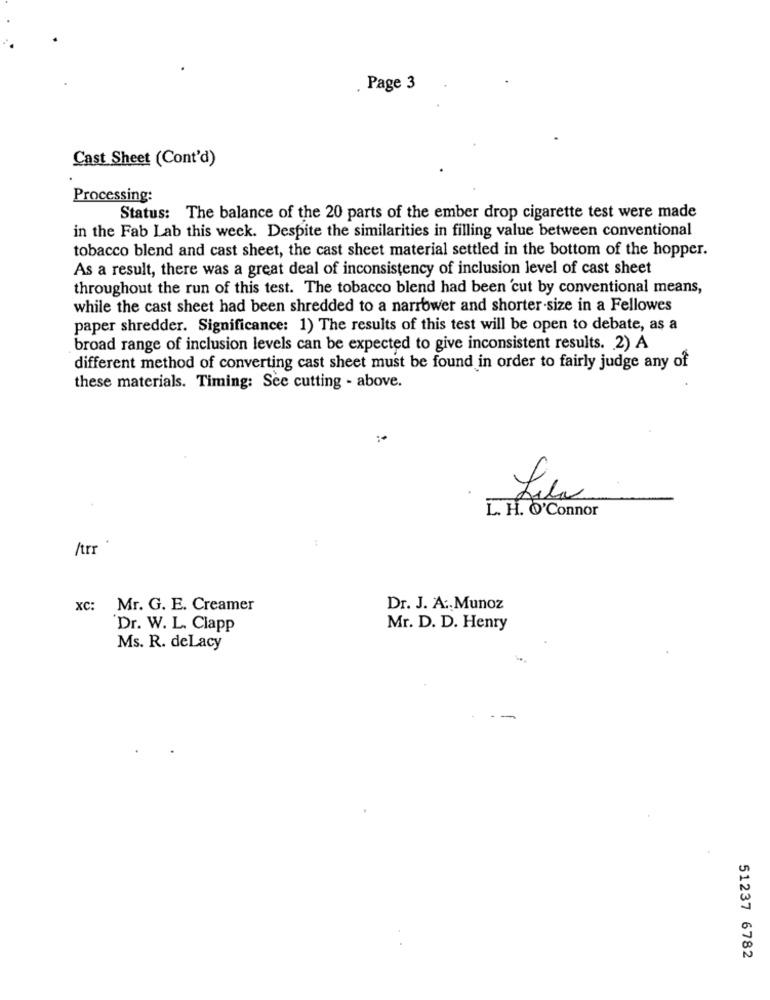
. Page 3
Cast Sheet (Cont'd)
Processing:
Status: The balance of the 20 parts of the ember drop cigarette test were made
in the Fab Lab this week. Despite the similarities in filling value between conventional
tobacco blend and cast sheet, the cast sheet material settled in the bottom of the hopper.
As a result, there was a great deal of inconsistency of inclusion level of cast sheet
throughout the run of this test. The tobacco blend had been 'cut by conventional means,
while the cast sheet had been shredded to a narrower and shorter-size in a Fellowes
paper shredder. Significance: 1) The results of this test will be open to debate, as a
broad range of inclusion levels can be expected to give inconsistent results. 2) A
different method of converting cast sheet must be found in order to fairly judge any of
these materials. Timing: Sce cutting - above.
L. H. O'Connor
/trr
xc: Mr. G. E. Creamer
Dr. J. A ., Munoz
Dr. W. L. Clapp
Mr. D. D. Henry
Ms. R. deLacy
51237 6782